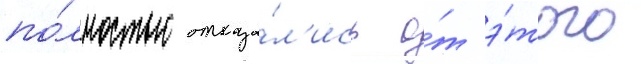
по́лностью отказа́л'ись о́т э́того